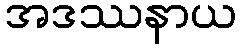
အဒဿနာယ